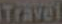
Travel